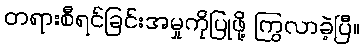
တရားစီရင်ခြင်းအမှုကိုပြုဖို့ ကြွလာခဲ့ပြီ။